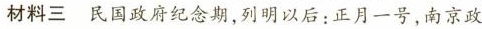
材料三民国政府纪念期，列明以后：正月一号，南京政